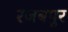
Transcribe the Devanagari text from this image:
रजबपुर